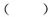
（）